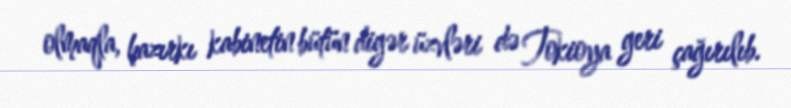
olmaqla, hazırkı kabinetin bütün digər üzvləri də Tokioya geri çağırılıb.